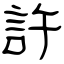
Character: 許